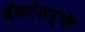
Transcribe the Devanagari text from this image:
बँकांतर्फे